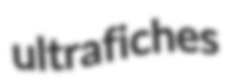
ultrafiches